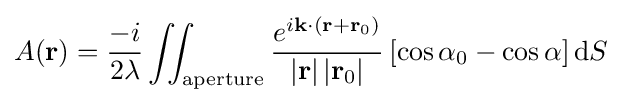
A\mathbf {(} \mathbf {r} )={\frac {-i}{2\lambda }}\iint _{\mathrm {aperture} }{\frac {e^{i\mathbf {k} \cdot \left(\mathbf {r} +\mathbf {r} _{0}\right)}}{\left|\mathbf {r} \right|\left|\mathbf {r} _{0}\right|}}\left[\cos \alpha _{0}-\cos \alpha \right]\mathrm {d} S\,\!